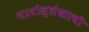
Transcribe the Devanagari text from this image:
नामोल्लेखाची